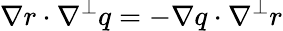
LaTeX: \nabla r\cdot\nabla^{\perp}q=-\nabla q\cdot\nabla^{\perp}r